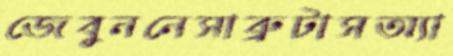
জেবুননেসাব্রুটাসঅ্যা